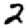
Digit: 2